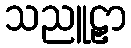
သညူဠှာ